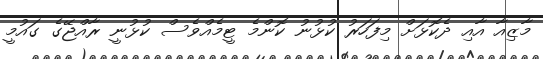
މާޒިއާ އާއި ދެކޮޅަށް މިފަހަރު ކުޅުނު ކޮންމެ ޓީމެއްވެސް ކުޅުނީ ރާއްޖޭގެ ގައުމީ